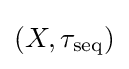
(X,\tau _{\mathrm {seq} })